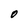
Character: O